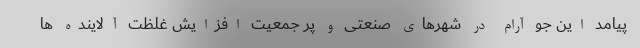
پیامد این جو آرام در شهرهای صنعتی و پر جمعیت افزایش غلظت آلاینده ها